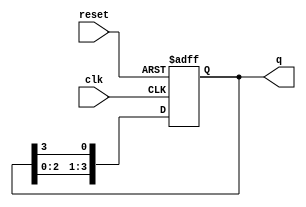
module ring_counter #(parameter N = 4) (
    input wire clk,          // Clock signal
    input wire reset,        // Asynchronous reset signal
    output reg [N-1:0] q     // Output of the ring counter
);

    // State transition
    always @(posedge clk or posedge reset) begin
        if (reset) begin
            // Initialize the ring counter to the first state
            q <= 1'b1 << 0; // Only the first flip-flop is set
        end else begin
            // Shift the '1' to the next position
            q <= {q[N-2:0], q[N-1]}; // Shift left, wrap around
        end
    end
endmodule